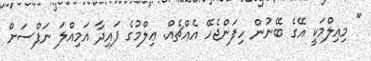
" މިއިލްމަކީ އޭގެ ބޭނުން ހިފަންޖެހޭ އެއްޗެއް. ޢިލްމުގެ ފައިދާ އަމިއްލަ ނަފްސަށް